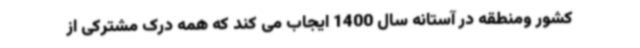
کشور ومنطقه در آستانه سال 1400 ایجاب می کند که همه درک مشترکی از